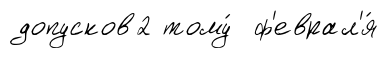
допусков2 тому́ ф'еврал'я́